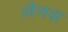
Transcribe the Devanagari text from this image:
लेनस